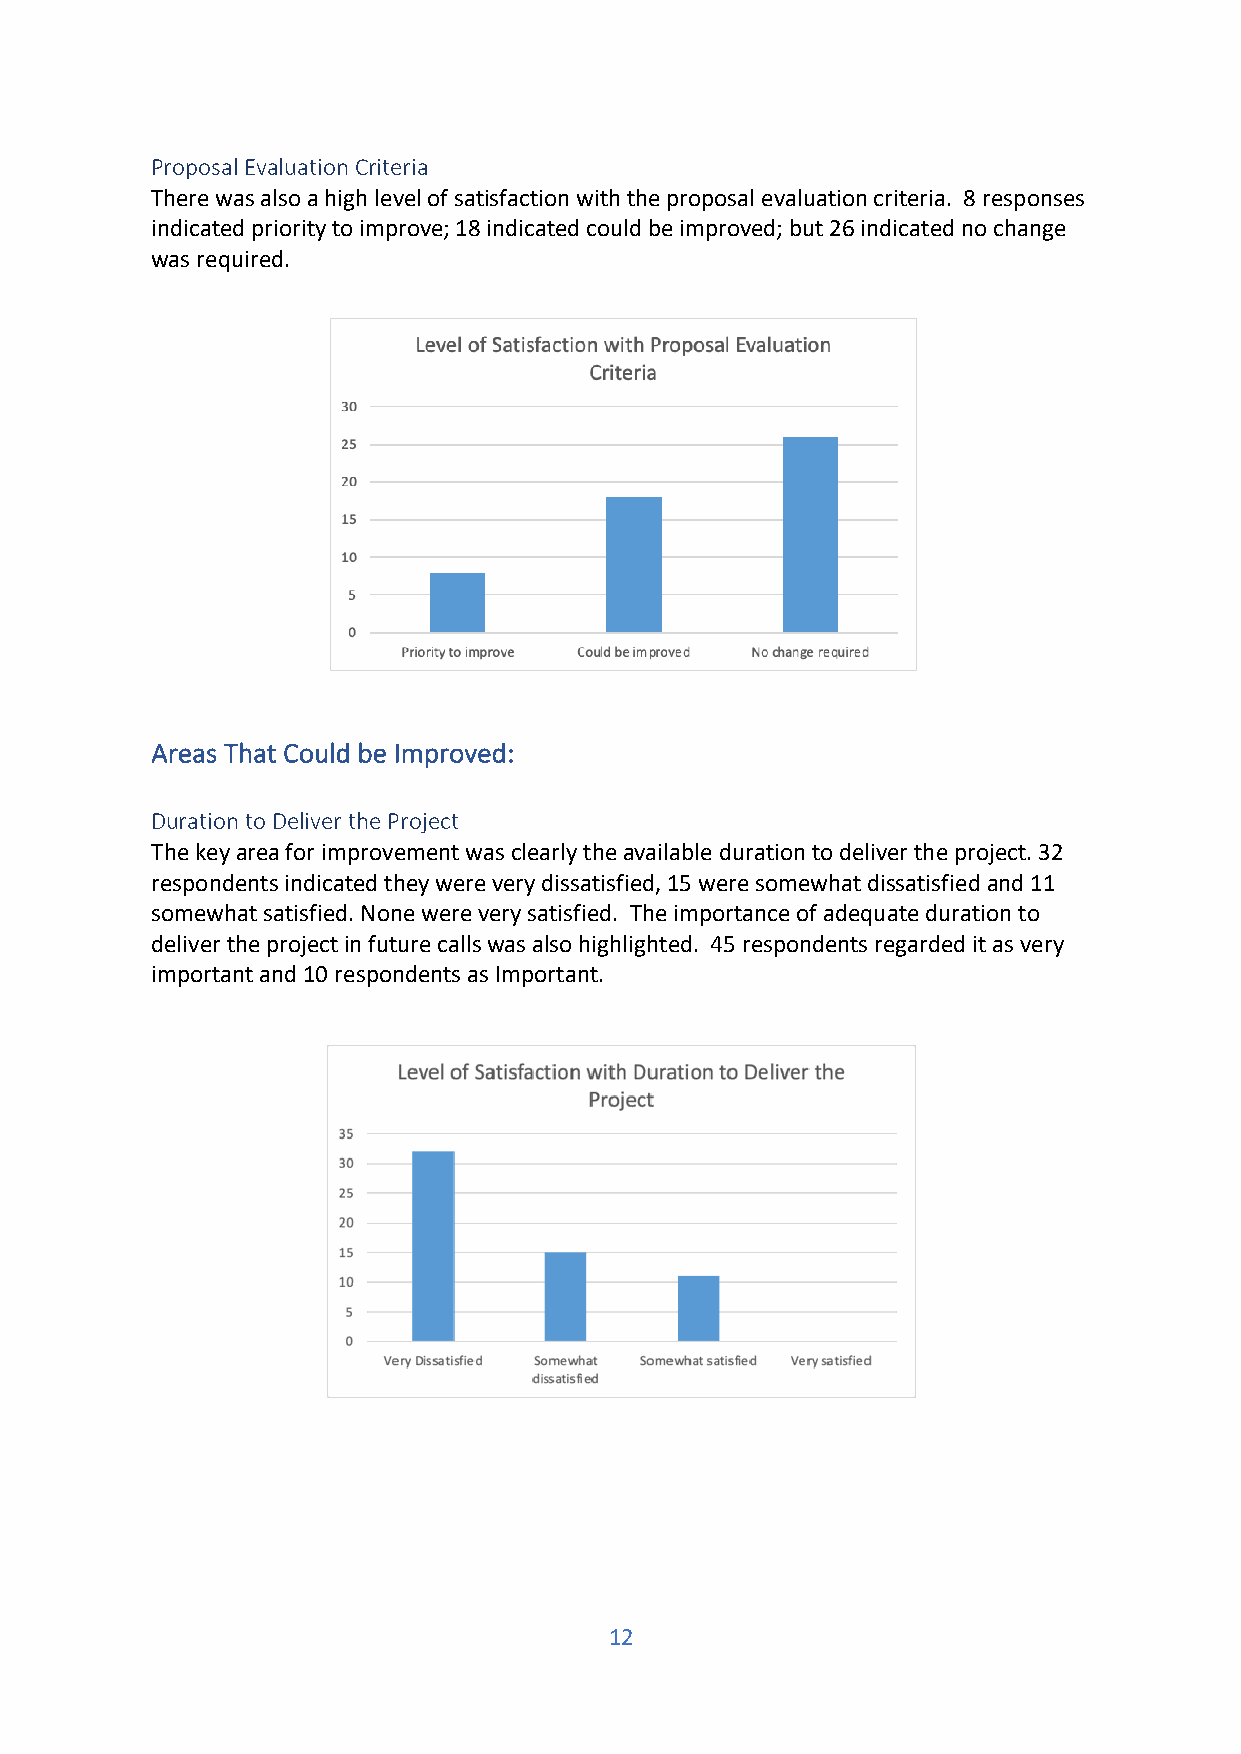
Proposal Evaluation Criteria
 There was also a high level of satisfaction with the proposal evaluation criteria. 8 responses
 indicated priority to improve; 18 indicated could be improved; but 26 indicated no change
 was required.
 Areas That Could be Improved:
 Duration to Deliver the Project
 The key area for improvement was clearly the available duration to deliver the project. 32
 respondents indicated they were very dissatisfied, 15 were somewhat dissatisfied and 11
 somewhat satisfied. None were very satisfied. The importance of adequate duration to
 deliver the project in future calls was also highlighted. 45 respondents regarded it as very
 important and 10 respondents as Important.
 12